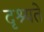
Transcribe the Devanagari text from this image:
दृश्यते